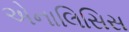
એનાલિસિસ